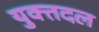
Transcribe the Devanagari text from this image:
युक्तदल